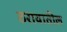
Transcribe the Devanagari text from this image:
ठरावातील